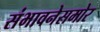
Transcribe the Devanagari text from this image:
संभावनेसमोर